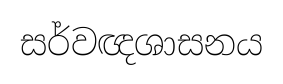
සර්වඥශාසනය